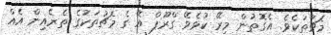
މެޗުތަކެވެ. އެގޮތުން މިރޭ ކުޅެވޭ ގްރޫޕް އޭ ގެ މެޗުތަކުގެ ތެރެއިން އެއް